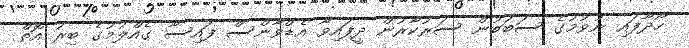
ހޯދާފައި ނުވުމުގެ ސަބަބުން ސަރުކާރުން ދީފައިވާ އެޑްވާންސް ފައިސާ ގެއްލުމުގެ ބިރު އޮތް